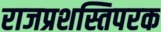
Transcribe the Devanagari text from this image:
राजप्रशस्तिपरक